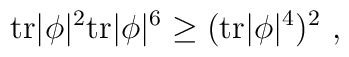
{\rm tr} |\phi|^2 {\rm tr} |\phi|^6 \ge ({\rm tr} |\phi|^4)^2 ~ ,